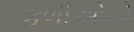
કળીઓનો